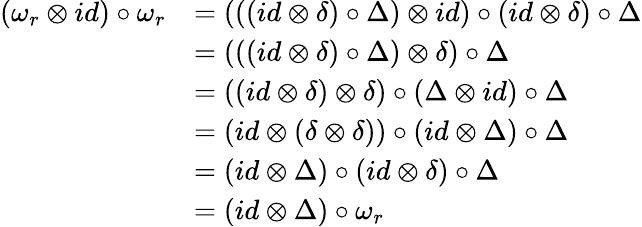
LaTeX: \begin{array}{rl}{(\omega_{r}\otimes id)\circ\omega_{r}}&{=(((id\otimes\delta)\circ\Delta)\otimes id)\circ(id\otimes\delta)\circ\Delta}\\ &{=(((id\otimes\delta)\circ\Delta)\otimes\delta)\circ\Delta}\\ &{=((id\otimes\delta)\otimes\delta)\circ(\Delta\otimes id)\circ\Delta}\\ &{=(id\otimes(\delta\otimes\delta))\circ(id\otimes\Delta)\circ\Delta}\\ &{=(id\otimes\Delta)\circ(id\otimes\delta)\circ\Delta}\\ &{=(id\otimes\Delta)\circ\omega_{r}}\end{array}